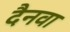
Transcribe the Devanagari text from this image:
दैनवा